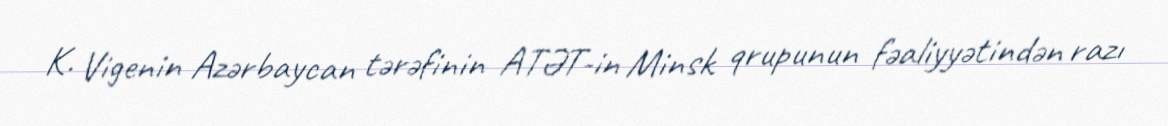
K. Vigenin Azərbaycan tərəfinin ATƏT-in Minsk qrupunun fəaliyyətindən razı